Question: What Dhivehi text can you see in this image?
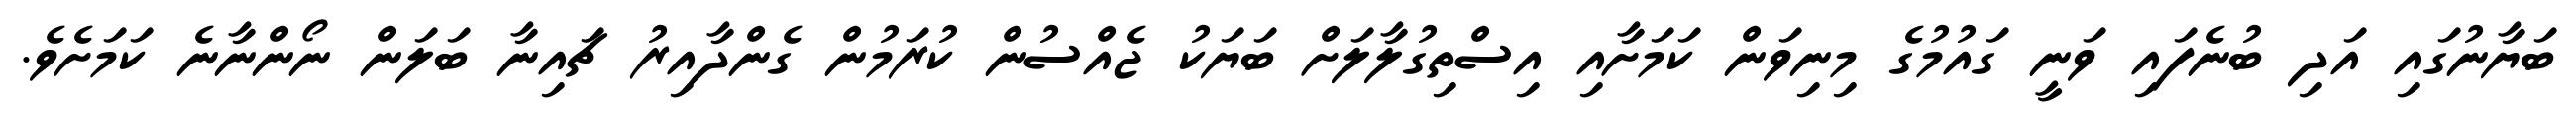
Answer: ބަޔާނުގައި އަދި ބުނެފައި ވަނީ ގައުމުގެ މިނިވަން ކަމަށާއި އިސްތިގުލާލަށް ބަޔަކު ޖެއްސުން ކުރަމުން ގެންދާއިރު ޗައިނާ ބަލަން ނޯންނާނެ ކަމަށެވެ.